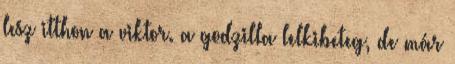
lesz itthon a viktor. a godzilla lelkibeteg, de már